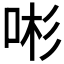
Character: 𱒩